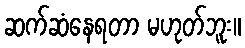
ဆက်ဆံနေရတာ မဟုတ်ဘူး။